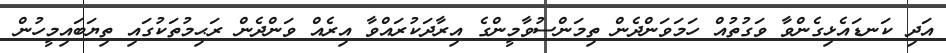
އަދި ކަނޑައެޅިގެންވާ ވަގުތުއް ހަމަވަންދެން ތިމަންސުވާމީންގެ އިރާދަކުރައްވާ އިރެއް ވަންދެން ރަޙިމުތަކުގައި ތިޔަބައިމީހުން